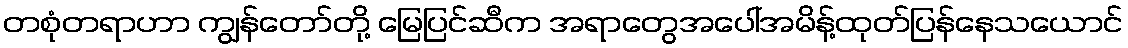
တစုံတရာဟာ ကျွန်တော်တို့ မြေပြင်ဆီက အရာတွေအပေါ်အမိန့်ထုတ်ပြန်နေသယောင်